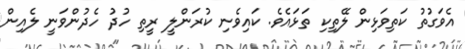
އެވަގުތު ކަތިވަޅިން ލޭތިކި ތަޅައެވެ. ކައިވެނި ކުރަންލީ ރީތި ހުދު ހެދުންވަނީ ލެއިން